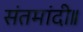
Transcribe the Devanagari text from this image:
संतमांदी॥